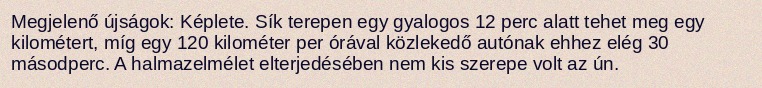
Megjelenő újságok: Képlete. Sík terepen egy gyalogos 12 perc alatt tehet meg egy kilométert, míg egy 120 kilométer per órával közlekedő autónak ehhez elég 30 másodperc. A halmazelmélet elterjedésében nem kis szerepe volt az ún.